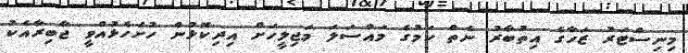
މިނިސްޓަރު ޒަހާގެ އިތުބާރު ނެތް ކަމުގެ މައްސަލަ މަޖިލީހަށް އިދިކޮޅުން ހުށަހެޅުއްވީ ޖާބިރާއެކު